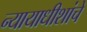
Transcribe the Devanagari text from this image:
न्यायाधीशांचे